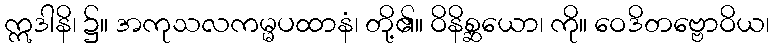
ဣဒါနိ၊ ၌။ အကုသလကမ္မပထာနံ၊ တို့၏။ ဝိနိစ္ဆယော၊ ကို။ ဝေဒိတဗ္ဗောဝိယ၊